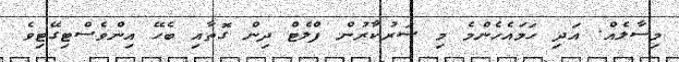
މިސާލެއް. އަދި ހަމައެހެންމެ މި ސަރުކާރުން ފްލެޓް ދިން ގޮތާއި ބެހޭ އިންވެސްޓިގޭޓިވެ